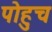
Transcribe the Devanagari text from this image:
पोहुच